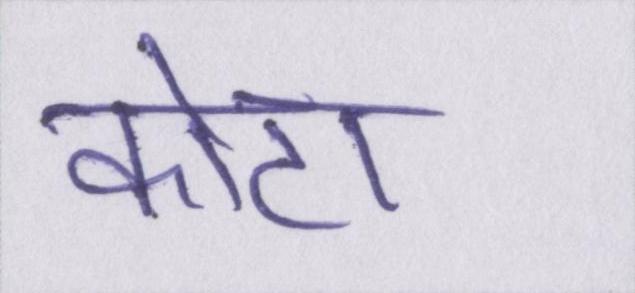
कोटा